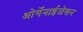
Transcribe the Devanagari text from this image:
ओर्गेनाईजेशन